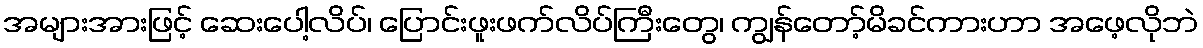
အများအားဖြင့် ဆေးပေါ့လိပ်၊ ပြောင်းဖူးဖက်လိပ်ကြီးတွေ၊ ကျွန်တော့်မိခင်ကားဟာ အဖေ့လိုဘဲ